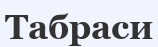
Табраси